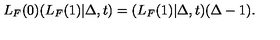
L _ { F } ( 0 ) ( L _ { F } ( 1 ) | \Delta , t ) = ( L _ { F } ( 1 ) | \Delta , t ) ( \Delta - 1 ) .